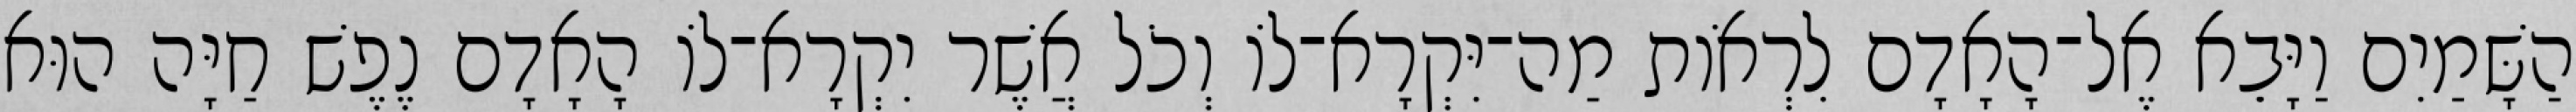
הַשָּׁמַיִם וַיָּבֵא אֶל־הָאָדָם לִרְאֹות מַה־יִּקְרָא־לֹו וְכֹל אֲשֶׁר יִקְרָא־לֹו הָאָדָם נֶפֶשׁ חַיָּה הוּא